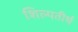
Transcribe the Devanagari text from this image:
शिल्पतीर्थ